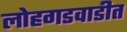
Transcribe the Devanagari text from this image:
लोहगडवाडीत